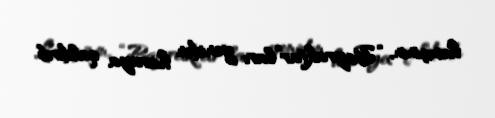
həmçinin, “Bayraktar”ları yenidən havaya qaldırıb.